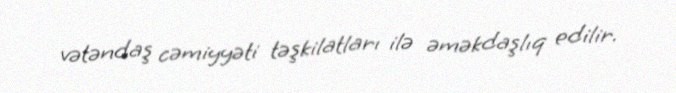
vətəndaş cəmiyyəti təşkilatları ilə əməkdaşlıq edilir.